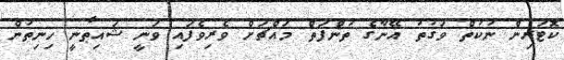
ކޮޓަރިން ނުކުތް ވަގުތު އޭނާގެ ތުންފަތް މައްޗަށް ވެރިވެފައި ވަނީ ޝައިޠާނީ ހިނިތުން